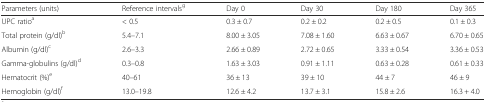
<table><thead><tr><td><b>Parameters (units)</b></td><td><b>Reference intervals<sup>g</sup></b></td><td><b>Day 0</b></td><td><b>Day 30</b></td><td><b>Day 180</b></td><td><b>Day 365</b></td></tr></thead><tbody><tr><td>UPC ratio<sup>a</sup></td><td>&lt; 0.5</td><td>0.3 ± 0.7</td><td>0.2 ± 0.2</td><td>0.2 ± 0.5</td><td>0.1 ± 0.3</td></tr><tr><td>Total protein (g/dl)<sup>b</sup></td><td>5.4–7.1</td><td>8.00 ± 3.05</td><td>7.08 ± 1.60</td><td>6.63 ± 0.67</td><td>6.70 ± 0.65</td></tr><tr><td>Albumin (g/dl)<sup>c</sup></td><td>2.6–3.3</td><td>2.66 ± 0.89</td><td>2.72 ± 0.65</td><td>3.33 ± 0.54</td><td>3.36 ± 0.53</td></tr><tr><td>Gamma-globulins (g/dl)<sup>d</sup></td><td>0.3–0.8</td><td>1.63 ± 3.03</td><td>0.91 ± 1.11</td><td>0.63 ± 0.28</td><td>0.61 ± 0.33</td></tr><tr><td>Hematocrit (%)<sup>e</sup></td><td>40–61</td><td>36 ± 13</td><td>39 ± 10</td><td>44 ± 7</td><td>46 ± 9</td></tr><tr><td>Hemoglobin (g/dl)<sup>f</sup></td><td>13.0–19.8</td><td>12.6 ± 4.2</td><td>13.7 ± 3.1</td><td>15.8 ± 2.6</td><td>16.3 + 4.0</td></tr></tbody></table>